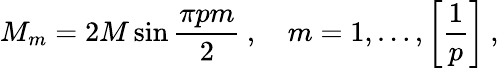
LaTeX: M_{m}=2M\sin\frac{\pi pm}{2}\: ,\quad m=1,\ldots,\left[\frac{1}{p}\right]\: ,